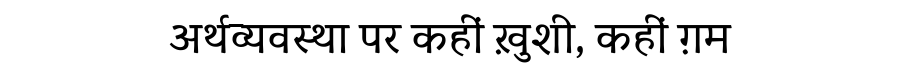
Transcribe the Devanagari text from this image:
अर्थव्यवस्था पर कहीं ख़ुशी, कहीं ग़म